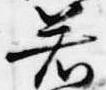
若